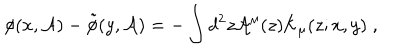
\phi ( x , { \cal A } ) - \tilde { \phi } ( y , { \cal A } ) = - \int d ^ { 2 } z { \cal A } ^ { \mu } ( z ) { \cal K } _ { \mu } ( z ; x , y ) \; ,